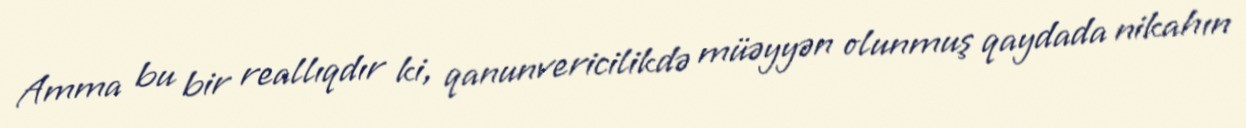
Amma bu bir reallıqdır ki, qanunvericilikdə müəyyən olunmuş qaydada nikahın